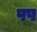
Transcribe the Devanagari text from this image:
पष